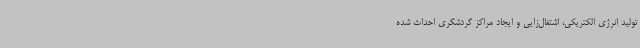
تولید انرژی الکتریکی، اشتغال‌زایی و ایجاد مراکز گردشگری احداث شده